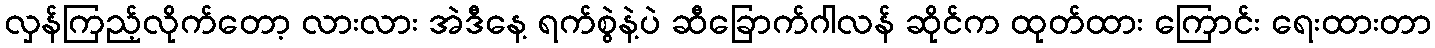
လှန်ကြည့်လိုက်တော့ လားလား အဲဒီနေ့ ရက်စွဲနဲ့ပဲ ဆီခြောက်ဂါလန် ဆိုင်က ထုတ်ထား ကြောင်း ရေးထားတာ